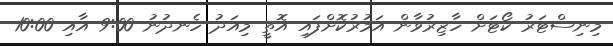
މިނިސްޓަރު ކޯޓަށް ހާޒިރުވާން އަމުރުކޮށްފައި އޮތީ މިއަދު ހެނދުނު 9:00 އާއި 10:00